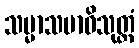
သမ္မာသမာဓိသုတ္တံ